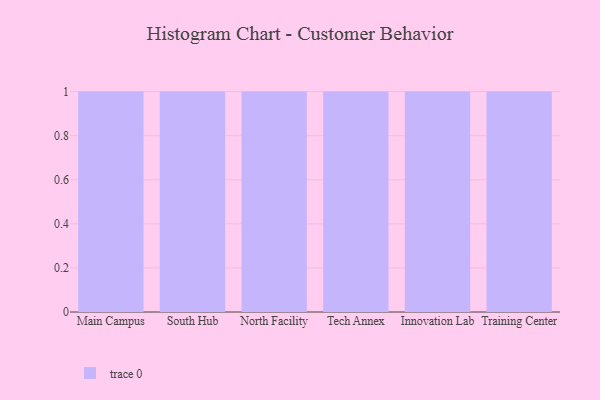
{"axis": {"x": "Campus", "y": "Operating Costs (USD K)"}, "legend": [""], "data": [{"x": "Main Campus", "y": 40, "type": ""}, {"x": "South Hub", "y": 93, "type": ""}, {"x": "North Facility", "y": 68, "type": ""}, {"x": "Tech Annex", "y": 29, "type": ""}, {"x": "Innovation Lab", "y": 46, "type": ""}, {"x": "Training Center", "y": 47, "type": ""}]}